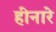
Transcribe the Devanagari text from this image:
हीनारे